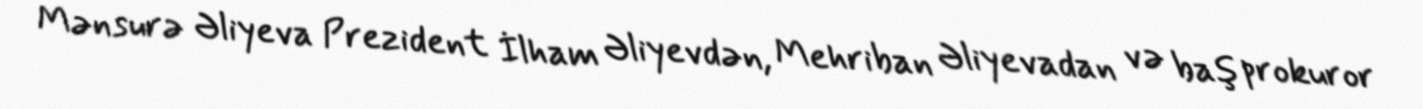
Mənsurə Əliyeva Prezident İlham Əliyevdən, Mehriban Əliyevadan və baş prokuror